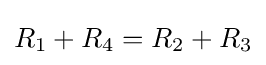
R_{1}+R_{4}=R_{2}+R_{3}